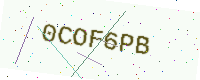
Text: 0COF6PB